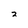
Character: 2